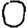
Digit: 0